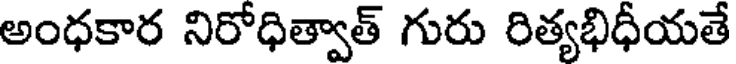
అంధకార నిరోధిత్వాత్ గురు రిత్యభిధీయతే